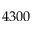
4 3 0 0